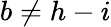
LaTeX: b\neq h-i